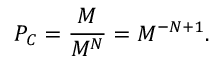
P _ { C } = \frac { M } { M ^ { N } } = M ^ { - N + 1 } .